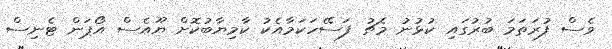
ވެސް ފުރަތަމަ ބުރުގައި ކުޅުނު މެޗު ފަސޭހަކަމާއެކު ކާމިޔާބުކޮށް ޔޫއެސް އޯޕަން ޓެނިސް